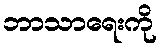
ဘာသာရေးကို